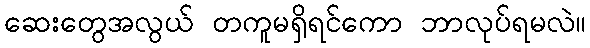
ဆေးတွေအလွယ် တကူမရှိရင်ကော ဘာလုပ်ရမလဲ။